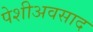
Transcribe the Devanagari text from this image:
पेशीअवसाद